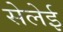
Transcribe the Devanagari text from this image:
सेलेई